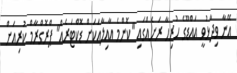
އޭނާ ވިދާޅުވީ އައްޑޫގެ ހުރިހާ ރަށެއްގައި "ކޮންމެ އާއިލާއަކަށް ޑޮކްޓަރެއް" ޕްރޮގްރާމް ކުރިއަށް